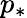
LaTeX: p_{\ast}